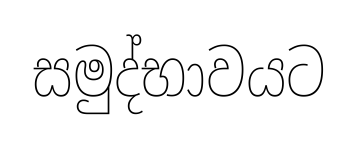
සමුද්භාවයට